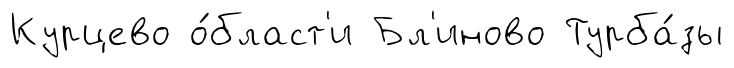
Курцево о́бласт'и Бл'иново Турба́зы